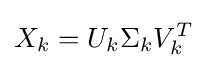
X_{k}=U_{k}\Sigma _{k}V_{k}^{T}